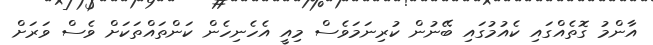
އާންމު ގޮތެއްގައި ކެއުމުގައި ބޭނުން ކުރިނަމަވެސް މިއީ އެހެނިހެން ކަންތައްތަކަށް ވެސް ވަރަށް